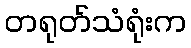
တရုတ်သံရုံးက